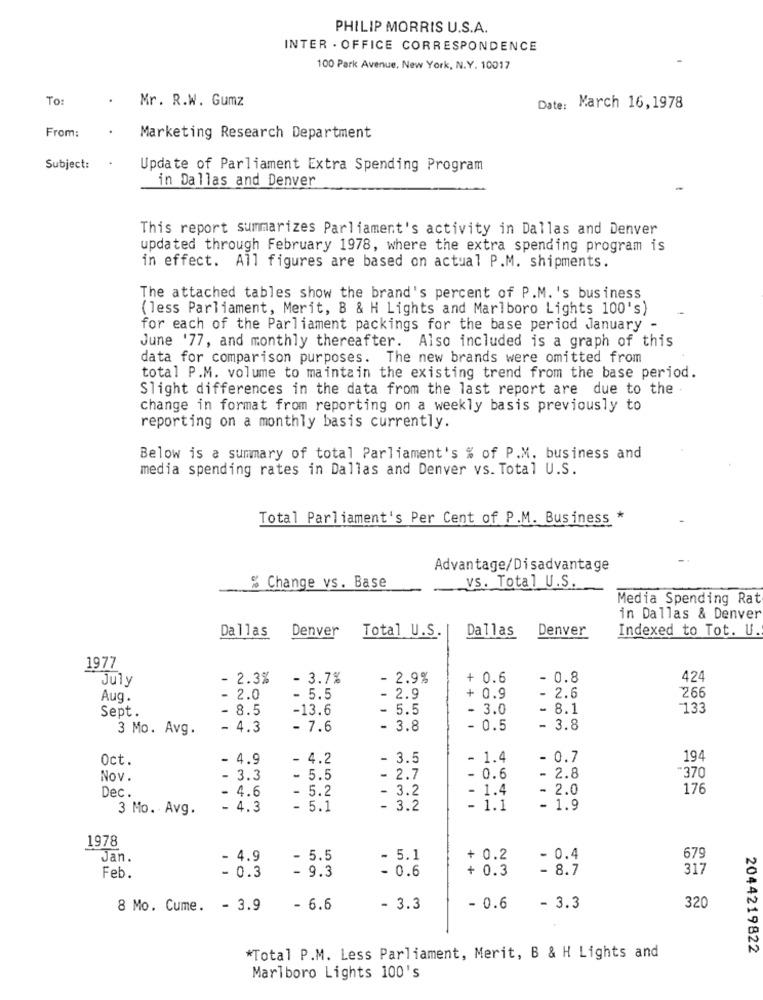
PHILIP MORRIS U.S.A.
INTER . OFFICE CORRESPONDENCE
100 Park Avenue, New York, N.Y. 10017
TO:
.
Mr. R.W. Gumz
Date: March 16,1978
From:
Marketing Research Department
Subject:
Update of Parliament Extra Spending Program
in Dallas and Denver
This report summarizes Parliament's activity in Dallas and Denver
updated through February 1978, where the extra spending program is
in effect. All figures are based on actual P.M. shipments.
The attached tables show the brand's percent of P.M. 's business
(less Parliament, Merit, B & H Lights and Marlboro Lights 100's)
for each of the Parliament packings for the base period January
June '77, and monthly thereafter. Also included is a graph of this
data for comparison purposes. The new brands were omitted from
total P.M. volume to maintain the existing trend from the base period.
Slight differences in the data from the last report are due to the .
change in format from reporting on a weekly basis previously to
reporting on a monthly basis currently.
Below is a summary of total Parliament's % of P.M. business and
media spending rates in Dallas and Denver vs. Total U.S.
Total Parliament's Per Cent of P.M. Business *
Advantage/Disadvantage
% Change vs. Base
vs. Total U.S.
Media Spending Rat
in Dallas & Denver
Denver
Total U.S.
Dallas
Indexed to Tot. U.
Dallas
Denver
1977
July
- 2.3%
- 3.7%
- 2.9%
+ 0.6
- 0.8
424
266
Aug.
- 2.0
- 5.5
- 2.9
+ 0.9
- 2.6
Sept.
-13.6
- 5.5
- 3.0
- 8.1
-133
3 Mo. Avg.
- 4.3
- 7.6
3.8
- (
- 3.8
Oct.
- 4.9
- 4.2
- 3.5
1.4
- 0.7
194
Nov.
- 3.3
- 5.5
- 2.7
- 0.6
- 2.8
-370
Dec.
- 4.6
- 5.2
- 3.2
1.4
- 2.0
176
3 Mo. Avg.
- 4.3
- 5.1
- 3.2
- 1.1
- 1.9
1978
Jan.
- 4.9
- 5.5
- 5.1
+ 0.2
- 0.4
679
- 0.3
- 9.3
- 0.6
+ 0.3
- 8.7
317
Feb.
8 Mo. Cume. - 3.9
- 6.6
- 3.3
- 0.6
- 3.3
320
2044219822
*Total P.M. Less Parliament, Merit, B & H Lights and
Marlboro Lights 100's